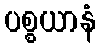
ပစ္စယာနံ